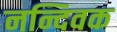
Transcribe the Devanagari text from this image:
नन्दिवक